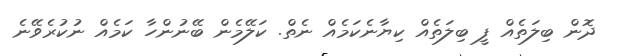
ދޮން ބިލަތެއް ފީ ބިލަތެއް ކިޔާނެކަމެއް ނެތް. ކަލޭމެން ބޭނުންހާ ކަމެއް ނުކުރެވޭނެ